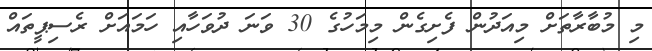
މި މުބާރާތަށް މިއަދުން ފެށިގެން މިމަހުގެ 30 ވަނަ ދުވަހާއި ހަމައަށް ރެސިޕީތައް